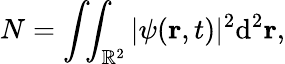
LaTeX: N=\int\! \! \int_{\mathbb{R}^{2}}|\psi(\mathbf{r},t)|^{2}\mathrm{d}^{2}{\mathbf{r}},